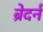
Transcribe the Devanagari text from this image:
ब्रेदर्न